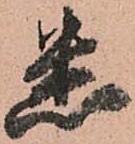
悉